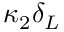
\kappa _ { 2 } \delta _ { L }